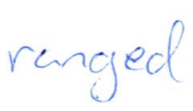
Text: ranged
Cross-out: clean
Writing tool: ballpoint